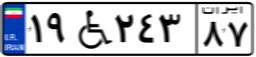
۶۰W۵۳۶۲۴